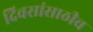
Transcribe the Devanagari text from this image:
दिवसांसाठीच